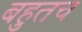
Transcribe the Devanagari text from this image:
बहुतच